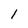
Character: l